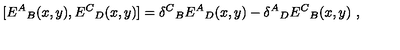
[ { E ^ { A } } _ { B } ( x , y ) , { E ^ { C } } _ { D } ( x , y ) ] = { \delta ^ { C } } _ { B } { E ^ { A } } _ { D } ( x , y ) - { \delta ^ { A } } _ { D } { E ^ { C } } _ { B } ( x , y ) \ ,